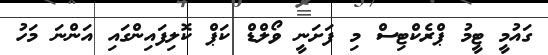
ގައުމީ ޓީމު ޕްރެކްޓިސް މި ފަށަނީ ވޯލްޑް ކަޕް ކޮލިފައިންގައި އަންނަ މަހު